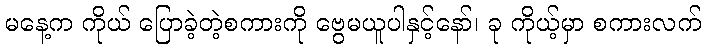
မနေ့က ကိုယ် ပြောခဲ့တဲ့စကားကို ဗွေမယူပါနှင့်နော်၊ ခု ကိုယ့်မှာ စကားလက်